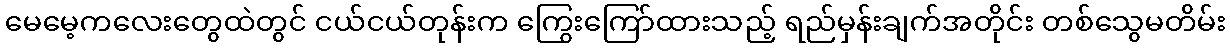
မေမေ့ကလေးတွေထဲတွင် ငယ်ငယ်တုန်းက ကြွေးကြော်ထားသည့် ရည်မှန်းချက်အတိုင်း တစ်သွေမတိမ်း